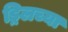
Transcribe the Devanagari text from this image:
ड्रिलच्या